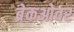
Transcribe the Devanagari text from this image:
ब्रेकओवर